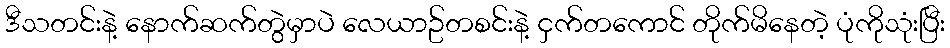
ဒီသတင်းနဲ့ နောက်ဆက်တွဲမှာပဲ လေယာဥ်တစင်းနဲ့ ငှက်တကောင် တိုက်မိနေတဲ့ ပုံကိုသုံးပြီး